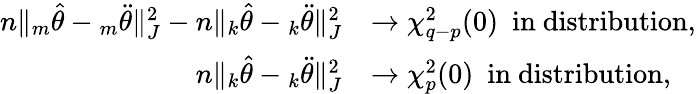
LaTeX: \begin{array}{rl}{n\| {_m\hat{\theta}}-{_m\ddot{\theta}}\| _{J}^{2}-n\| {_k\hat{\theta}}-{_k\ddot{\theta}}\| _{J}^{2}}&{\rightarrow\chi_{q-p}^{2}(0)~~\mathrm{in~distribution},}\\ {n\| {_k\hat{\theta}}-{_k\ddot{\theta}}\| _{J}^{2}}&{\rightarrow\chi_{p}^{2}(0)~~\mathrm{in~distribution},}\end{array}